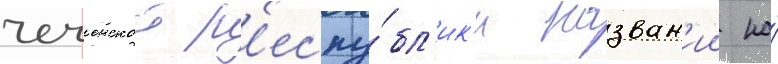
чеченскои р'еспу́бл'ик'и назван'ии на́